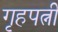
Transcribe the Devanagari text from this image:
गृहपत्नी